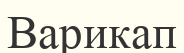
Варикап